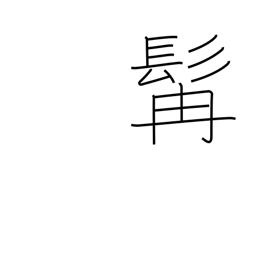
Meaning: beard